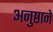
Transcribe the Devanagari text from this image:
अनुष्ठाने